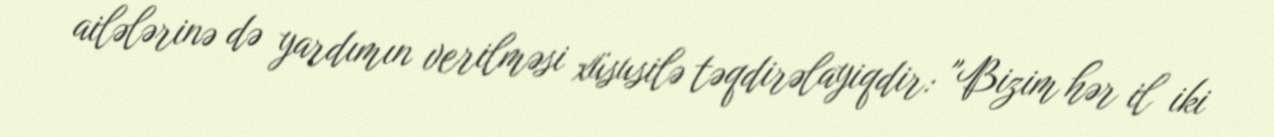
ailələrinə də yardımın verilməsi xüsusilə təqdirəlayiqdir: "Bizim hər il iki